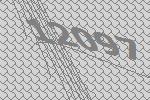
12097